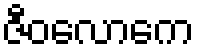
ဇီဝလောကေ